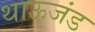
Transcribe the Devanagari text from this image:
थाऊजंड